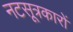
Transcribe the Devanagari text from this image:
नटसूत्रकारों